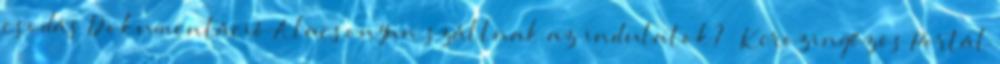
csodás Dokumentáció Alacsonyan szállnak az indulatok? « Kerozingőzös Portál